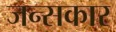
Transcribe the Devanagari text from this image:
जन्सकार